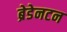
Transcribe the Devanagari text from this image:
ब्रेडेनटन